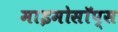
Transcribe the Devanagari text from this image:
माइमोसॉप्स